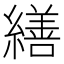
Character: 繕